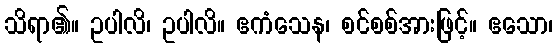
သိရာ၏။ ဥပါလိ၊ ဥပါလိ။ ဧကံသေန၊ စင်စစ်အားဖြင့်။ ဧသော၊